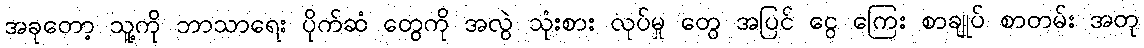
အခုတော့ သူ့ကို ဘာသာရေး ပိုက်ဆံ တွေကို အလွဲ သုံးစား လုပ်မှု တွေ အပြင် ငွေ ကြေး စာချုပ် စာတမ်း အတု